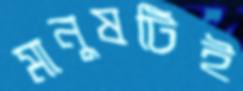
মানুষটিই